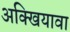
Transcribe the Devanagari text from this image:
अक्खियावा